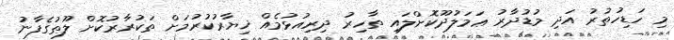
މި ހަޑިހުތުރު އަދި މުޑުދާރު ޢަމަލުދޫކޮށްލައި ތާހިރު ދިރިއުޅުމެއް ޚިޔާރުކުރުމަށް ތަކުރާރުކޮށް ލޫޠުގެފާނު